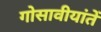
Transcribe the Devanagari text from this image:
गोसावीयांतें